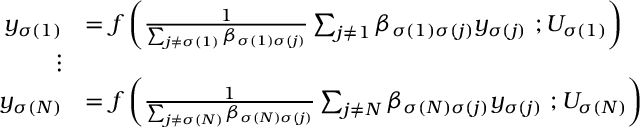
\begin{array} { r l } { y _ { \sigma ( 1 ) } } & { = f \left( \frac { 1 } { \sum _ { j \neq \sigma ( 1 ) } \beta _ { \sigma ( 1 ) \sigma ( j ) } } \sum _ { j \neq 1 } \beta _ { \sigma ( 1 ) \sigma ( j ) } y _ { \sigma ( j ) } \ ; U _ { \sigma ( 1 ) } \right) } \\ { \vdots } & { } \\ { y _ { \sigma ( N ) } } & { = f \left( \frac { 1 } { \sum _ { j \neq \sigma ( N ) } \beta _ { \sigma ( N ) \sigma ( j ) } } \sum _ { j \neq N } \beta _ { \sigma ( N ) \sigma ( j ) } y _ { \sigma ( j ) } \ ; U _ { \sigma ( N ) } \right) } \end{array}